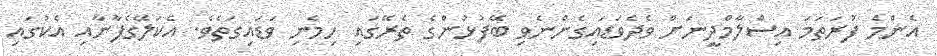
އެންމެ ފުރަތަމަ އިސްލާމްދީނަށް ވެދެވަޑައިގެންނެވި ބޭފުޅުންގެ ތެރޭގައި ހިމެނި ވަޑައިގަތެވެ. އެކަލޭގެފާނާއި އެކުގައި